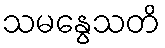
သမနွေသတိ